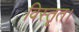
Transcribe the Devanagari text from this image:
विस्तृत।